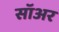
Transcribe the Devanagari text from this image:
सॉअर